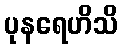
ပုနရေဟိသိ